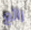
رائع